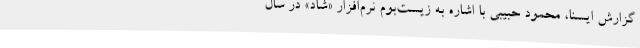
گزارش ایسنا، محمود حبیبی با اشاره به زیست‌بوم نرم‌افزار «شاد» در سال